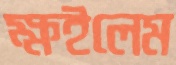
ক্ষইলেম